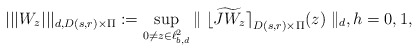
\begin{align*}|||{W_z}|||_{d,D(s,r)\times\Pi}: =\sup_{0\neq z\in \ell^2_{b,d}}{\parallel{\lfloor{\widetilde{JW_z}}\rceil}_{D(s,r)\times\Pi}(z)\parallel_{d}}, h=0,1,\end{align*}